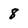
Character: 8